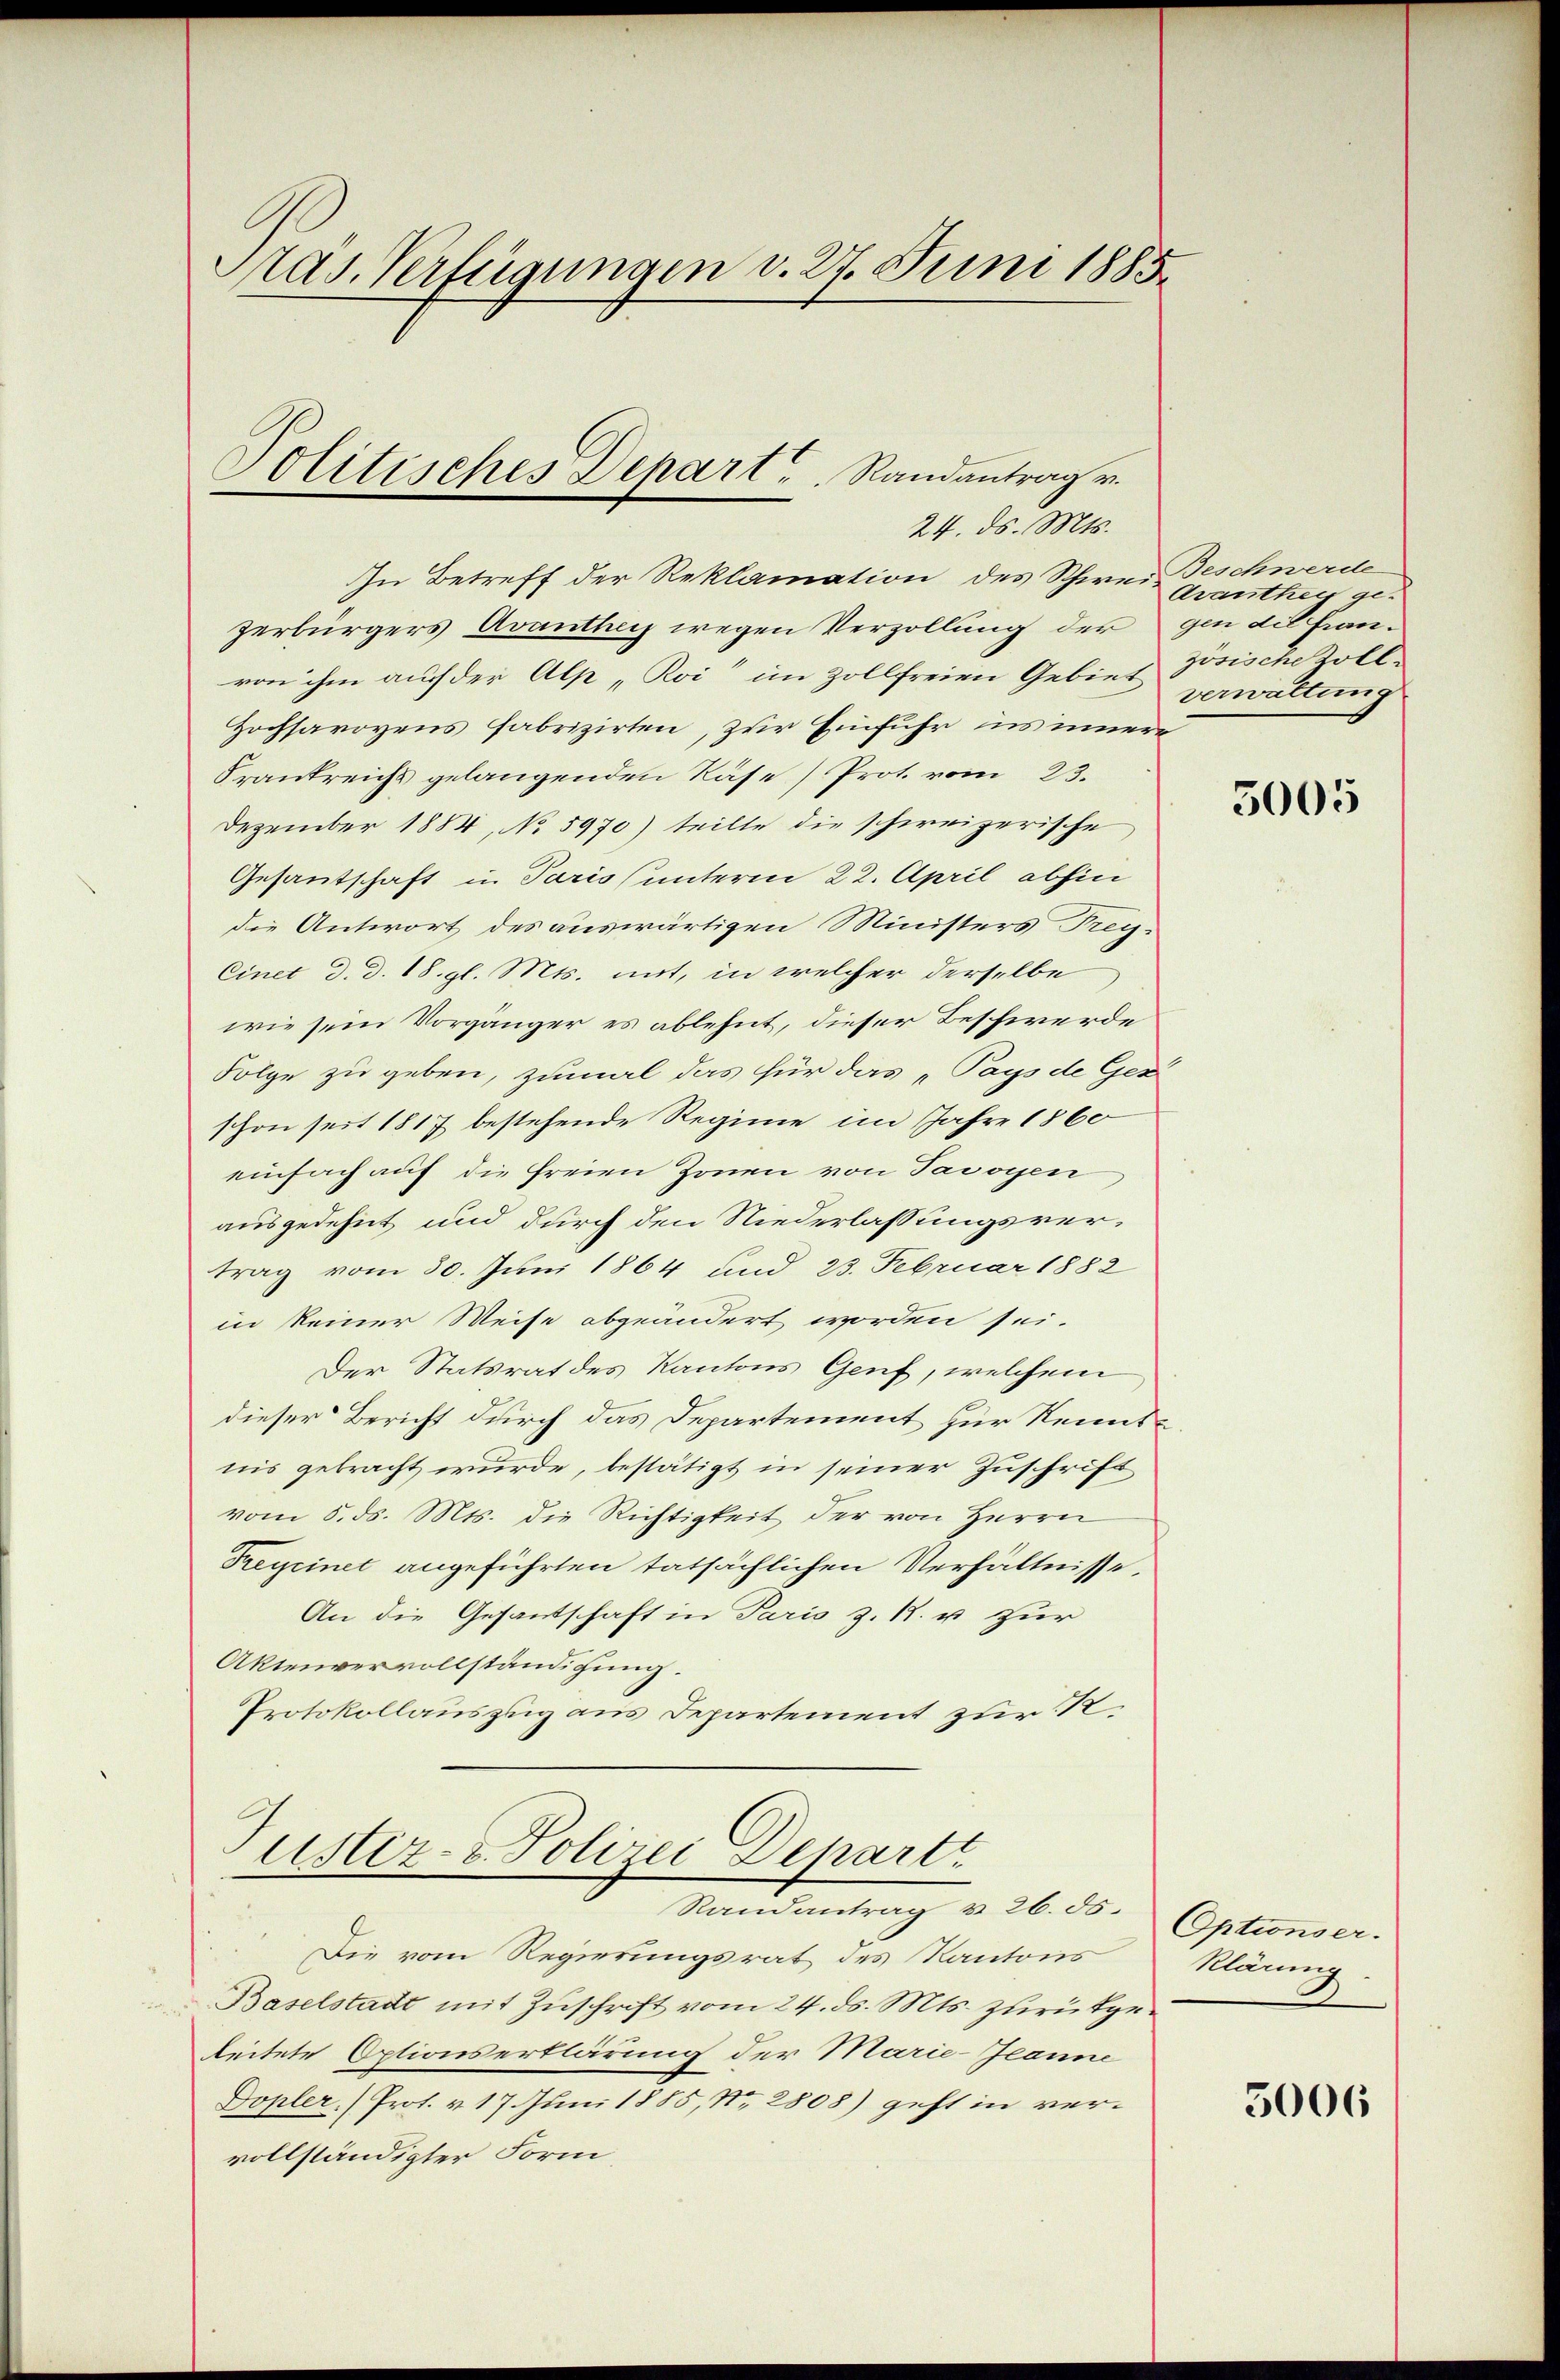
Pras. Verfügungen v. 27. Juni 1885.

Politisches Depart, Randantrag v.
24. ds. Mts.

In Betreff der Reklamation des Schweizerbürgers Avanthey wegen Verzollung der gen die Hanvon ihm auch der Alp „Roi“ im Zollfreien Gebiet
Hochsavoyens fabrizirten, zur Einfuhr in innere
Frankreichs gelangenden Räse (Prot. vom 23.
Dezember 1884, No 5970) teilte die schweizerische
Gesantschaft in Paris unterm 22. April abhin
die Antwort des auswärtigen Ministers Frey¬
Cinet d. d. 18. gl. Mts. mit, in welcher derselbe
wie sein Vorgänger es ablehnt, dieser Beschwerde
Folge zu geben, zumal das für das „Pays de Ges
schon seit 1817 bestehende Regime im Jahre 1860
einfach auf die freien Zonen von Tavoyen
ausgedehnt und durch den Niederlassungsvertrag vom 30. Juni 1864 und 23. Februar 1882
in keiner Weise abgeändert worden sei.
Der Statsrat des Kantons Genf, welchem
dieser Bericht durch das Departement zur Kenntnis gebracht wurde, bestätigt in seiner Zuschrift
vom 5. ds. Mts. die Richtigkeit der von Herrn
Treycinet angeführten tatsächlichen Verhältnisse,
An die Gesandtschaft in Paris z. 1. u zur
Aktenvervollständigung.
Protokollauszug aus Departement zur R.

Justiz- & Polizei Depart
Randantrag u. 26. ds.

Die vom Regierungsrat des Kantons
Baselstadt mit Zuschrift vom 24. ds. Mts. zurükgeleitete Optionserklärung der Marie-Jeanne
Dopler (Prot. v. 17. Juni 1885, Nr. 2808) geht in vervollständigter Form

Beschwerde
Arantheit gezösische soll.
verwaltung

5005

Optionser.
klärung

5006